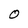
Character: 0